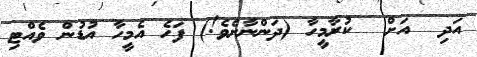
އަދި  އަށް  ކުރާމީހާ (ދަންނާށެވެ!) ފަހެ އެމީހާ އުޑުން ވެއްޓި